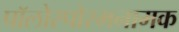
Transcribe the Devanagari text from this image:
पॉलोस्पोरमनामक